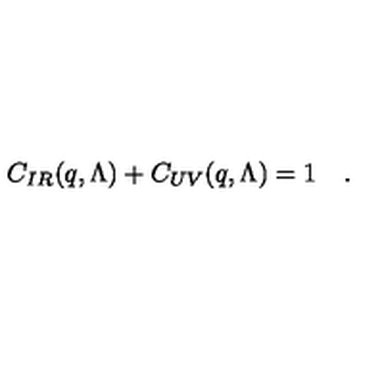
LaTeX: C _ { I R } ( q , \Lambda ) + C _ { U V } ( q , \Lambda ) = 1 \quad .